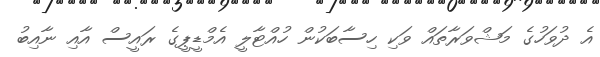
އެ ދުވަހުގެ މަޝްވަރާތައް ވަކި ހިސާބަކުން ހުއްޓާލީ އެމްޑީޕީގެ ރައީސް އާއި ނާއިބު